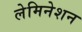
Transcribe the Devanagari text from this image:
लेमिनेशन